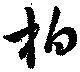
柏